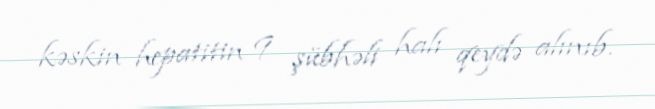
kəskin hepatitin 9 şübhəli halı qeydə alınıb.